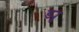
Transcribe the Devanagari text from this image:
ड्यु